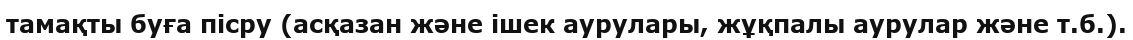
тамақты буға пісру (асқазан және ішек аурулары, жұқпалы аурулар және т.б.).